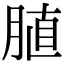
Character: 䐈